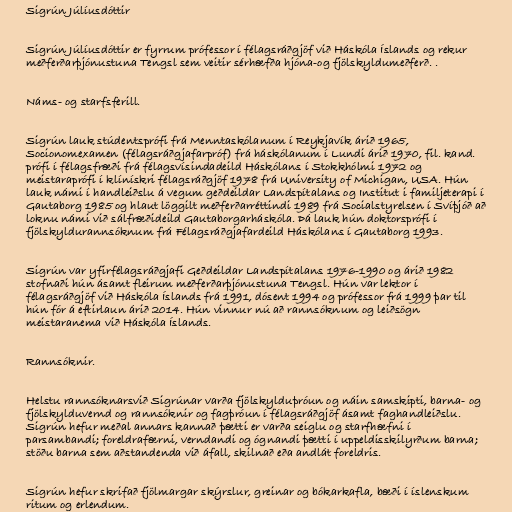
Sigrún Júlíusdóttir

Sigrún Júlíusdóttir er fyrrum prófessor í félagsráðgjöf við Háskóla Íslands og rekur
meðferðarþjónustuna Tengsl sem veitir sérhæfða hjóna-og fjölskyldumeðferð. .

Náms- og starfsferill.

Sigrún lauk stúdentsprófi frá Menntaskólanum í Reykjavík árið 1965,
Socionomexamen (félagsráðgjafarpróf) frá háskólanum í Lundi árið 1970, fil. kand.
prófi í félagsfræði frá félagsvísindadeild Háskólans í Stokkhólmi 1972 og
meistaraprófi í klínískri félagsráðgjöf 1978 frá University of Michigan, USA. Hún
lauk námi í handleiðslu á vegum geðdeildar Landspítalans og Institut i familjeterapi í
Gautaborg 1985 og hlaut löggilt meðferðarréttindi 1989 frá Socialstyrelsen í Svíþjóð að
loknu námi við sálfræðideild Gautaborgarháskóla. Þá lauk hún doktorsprófi í
fjölskyldurannsóknum frá Félagsráðgjafardeild Háskólans í Gautaborg 1993.

Sigrún var yfirfélagsráðgjafi Geðdeildar Landspítalans 1976-1990 og árið 1982
stofnaði hún ásamt fleirum meðferðarþjónustuna Tengsl. Hún var lektor í
félagsráðgjöf við Háskóla Íslands frá 1991, dósent 1994 og prófessor frá 1999 þar til
hún fór á eftirlaun árið 2014. Hún vinnur nú að rannsóknum og leiðsögn
meistaranema við Háskóla Íslands.

Rannsóknir.

Helstu rannsóknarsvið Sigrúnar varða fjölskylduþróun og náin samskipti, barna- og
fjölskylduvernd og rannsóknir og fagþróun í félagsráðgjöf ásamt faghandleiðslu.
Sigrún hefur meðal annars kannað þætti er varða seiglu og starfhæfni í
parsambandi; foreldrafærni, verndandi og ógnandi þætti í uppeldisskilyrðum barna;
stöðu barna sem aðstandenda við áfall, skilnað eða andlát foreldris.

Sigrún hefur skrifað fjölmargar skýrslur, greinar og bókarkafla, bæði í íslenskum
ritum og erlendum.